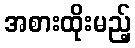
အစားထိုးမည့်